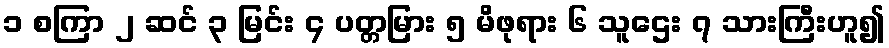
၁ စကြာ ၂ ဆင် ၃ မြင်း ၄ ပတ္တမြား ၅ မိဖုရား ၆ သူဌေး ၇ သားကြီးဟူ၍